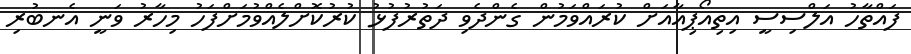
ފައްތާހު އަލްސިސީ އިތިއޯޕިއާއަށް ކުރައްވަމުން ގެންދެވި ދަތުރުފުޅު ކުރުކޮށްލެއްވުމަށްފަހު މިހާރު ވަނީ އެނބުރި